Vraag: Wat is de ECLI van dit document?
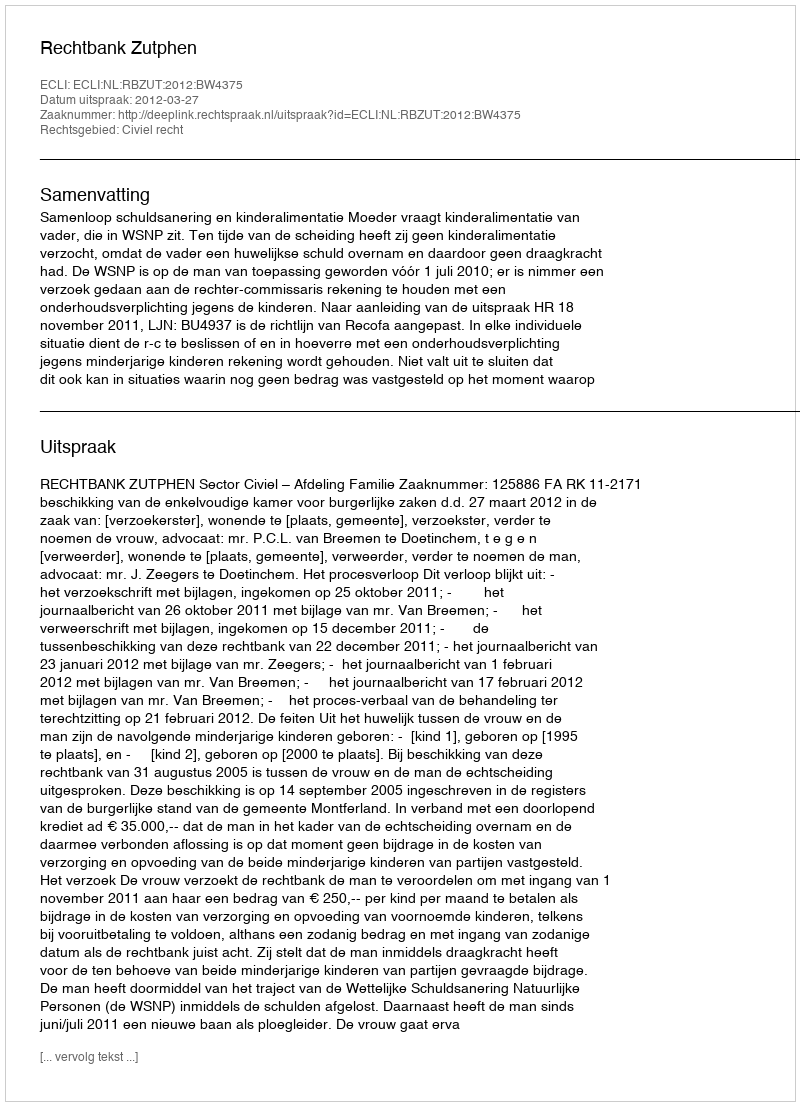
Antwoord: ECLI:NL:RBZUT:2012:BW4375